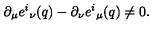
\partial _ { \mu } e ^ { i } { } _ { \nu } ( q ) - \partial _ { \nu } e ^ { i } { } _ { \mu } ( q ) \neq 0 .